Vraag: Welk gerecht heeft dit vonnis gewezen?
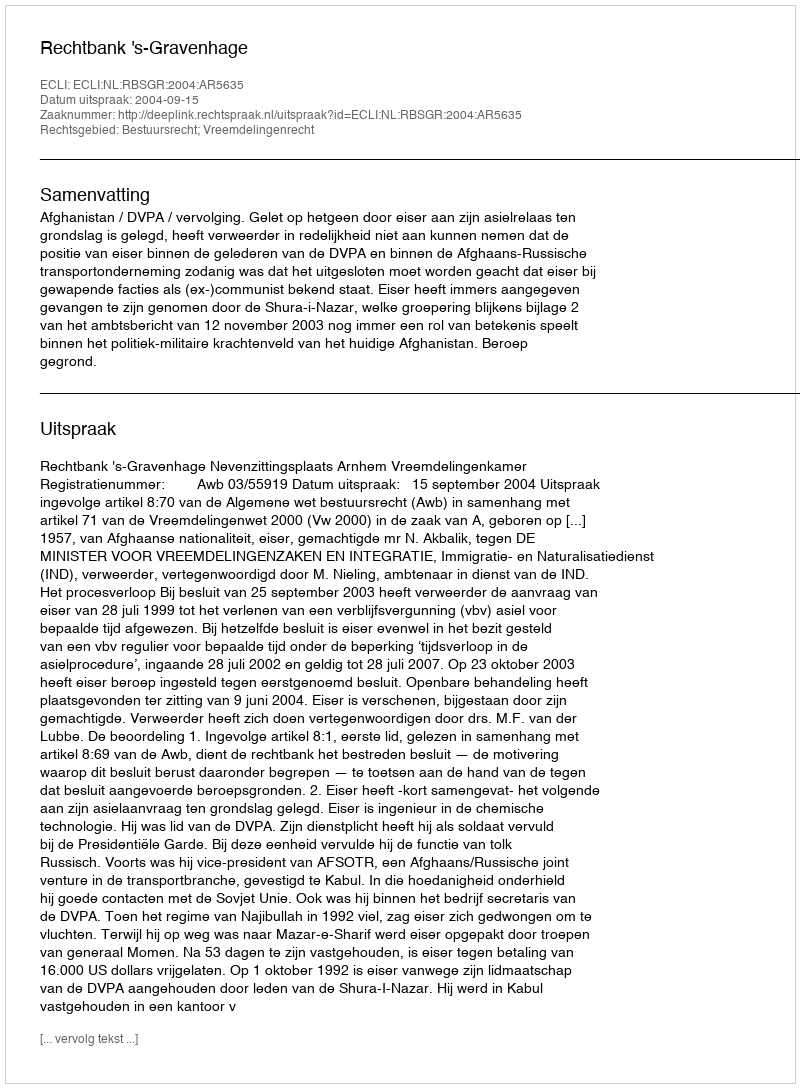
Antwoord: Rechtbank 's-Gravenhage